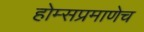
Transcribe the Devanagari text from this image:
होम्सप्रमाणेच